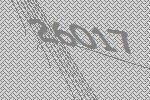
26017